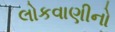
લોકવાણીનો